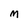
Character: M